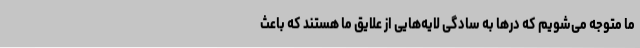
ما متوجه می‌شویم که درها به سادگی لایه‌هایی از علایق ما هستند که باعث